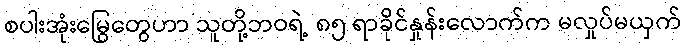
စပါးအုံးမြွေတွေဟာ သူတို့ဘဝရဲ့ ၈၅ ရာခိုင်နှုန်းလောက်က မလှုပ်မယှက်